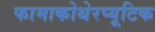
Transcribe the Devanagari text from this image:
फामाकोथेरप्यूटिक